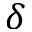
\delta